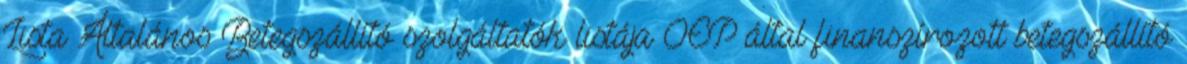
Lista Általános Betegszállító szolgáltatók listája OEP által finanszírozott betegszállító